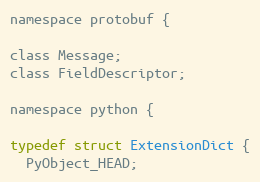
Language: C
namespace protobuf {

class Message;
class FieldDescriptor;

namespace python {

typedef struct ExtensionDict {
  PyObject_HEAD;